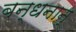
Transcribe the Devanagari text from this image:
बन्‍धनान्